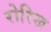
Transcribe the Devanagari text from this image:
रोरिख